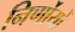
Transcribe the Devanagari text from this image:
निर्णोयों